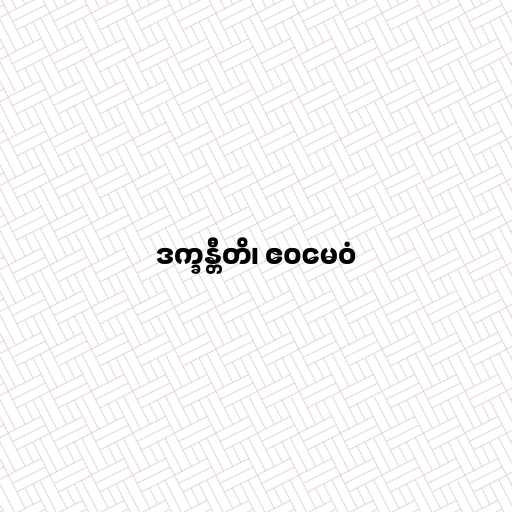
ဒက္ခန္တီတိ၊ ဧဝမေဝံ